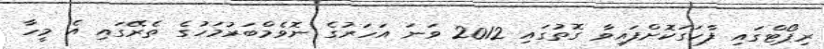
ރިޕޯޓްގައި ފާހަގަކޮށްފައިވާ ގޮތުގައި 2012 ވަނަ އަހަރުގެ ނޮވެމްބަރުމަހުގެ ތެރޭގައި އެ މީހާ